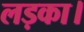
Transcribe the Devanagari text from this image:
लड़का।